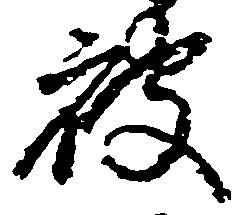
被